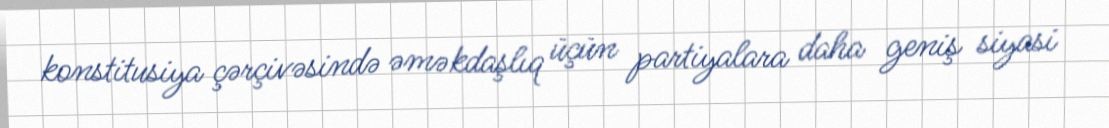
konstitusiya çərçivəsində əməkdaşlıq üçün partiyalara daha geniş siyasi